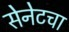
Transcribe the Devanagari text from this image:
सेनेटचा